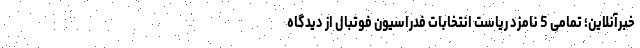
خبرآنلاین؛ تمامی 5 نامزد ریاست انتخابات فدراسیون فوتبال از دیدگاه